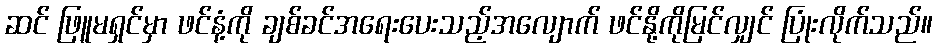
ဆင် ဖြူမရှင်မှာ ဖင်နံ့ကို ချစ်ခင်အရေးပေးသည့်အလျောက် ဖင်နို့ကိုမြင်လျှင် ပြုံးလိုက်သည်။